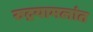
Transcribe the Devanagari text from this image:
रुद्रयामलांत